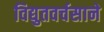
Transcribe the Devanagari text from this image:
विद्युतवर्चसाने